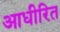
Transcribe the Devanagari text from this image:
आधीरित